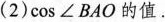
(2)$$cos∠BAO$$的值.